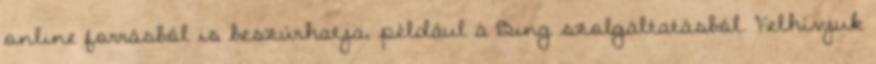
online forrásból is beszúrhatja, például a Bing szolgáltatásból. Felhívjuk